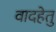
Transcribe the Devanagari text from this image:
वादहेतु